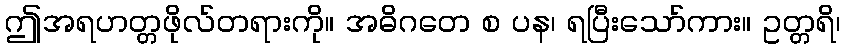
ဤအရဟတ္တဖိုလ်တရားကို။ အဓိဂတေ စ ပန၊ ရပြီးသော်ကား။ ဥတ္တရိ၊